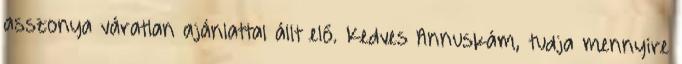
asszonya váratlan ajánlattal állt elő. Kedves Annuskám, tudja mennyire